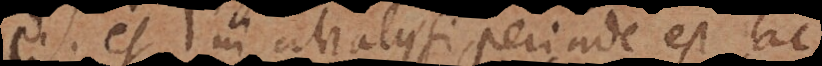
et in analysi, perinde est, ac